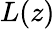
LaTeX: L(z)